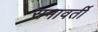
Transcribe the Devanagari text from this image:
समावर्ती